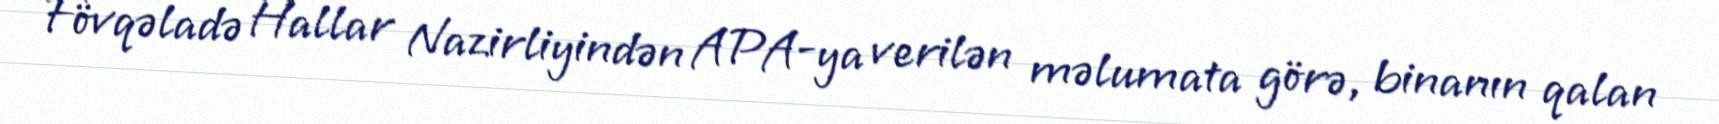
Fövqəladə Hallar Nazirliyindən APA-ya verilən məlumata görə, binanın qalan